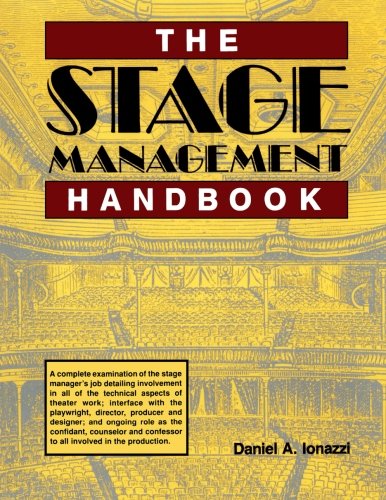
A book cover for The Stage Management Handbook; Daniel Ionazzi; Humor & Entertainment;